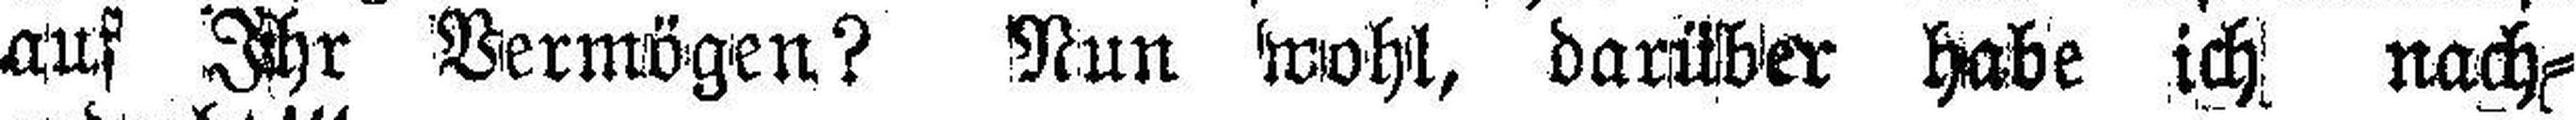
auf Ihr Vermögen? Nun wohl, darüber habe ich nach¬